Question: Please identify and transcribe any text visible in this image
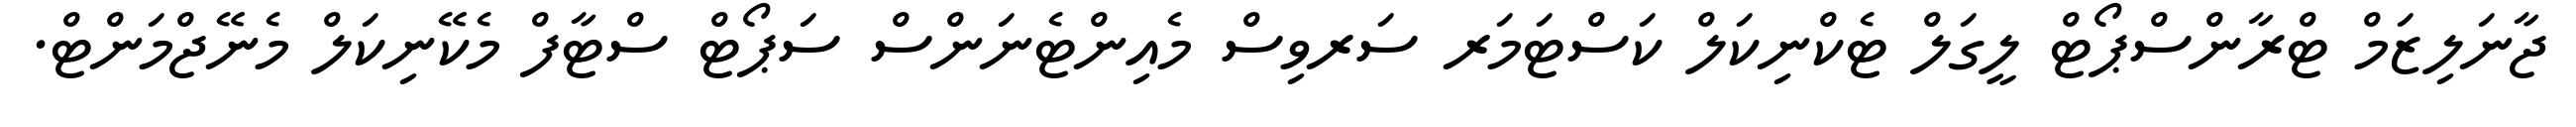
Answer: ޖާނަލިޒަމް ޓްރާންސްޕޯޓް ލީގަލް ޓެކްނިކަލް ކަސްޓަމަރ ސަރވިސް މެއިންޓެނަންސް ސަޕޯޓް ސްޓާފް މެކޭނިކަލް މެނޭޖްމަންޓް.